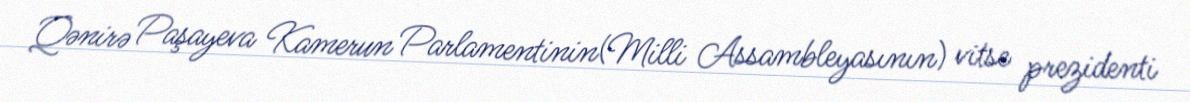
Qənirə Paşayeva Kamerun Parlamentinin(Milli Assambleyasının) vitse prezidenti